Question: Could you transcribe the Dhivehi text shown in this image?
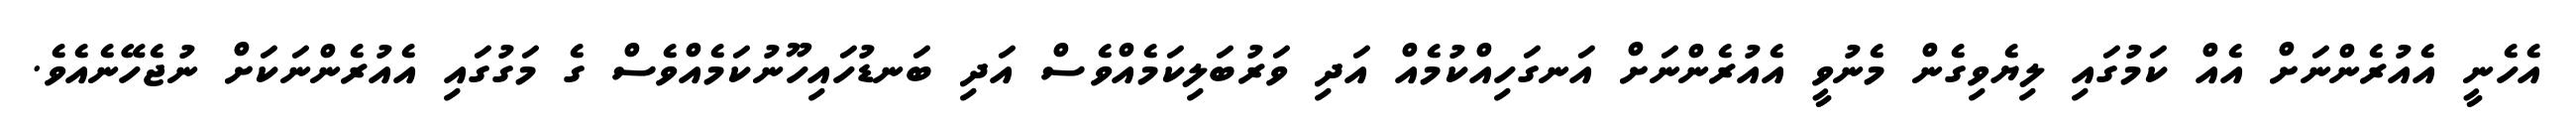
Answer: އެހެނީ އެއުރެންނަށް އެއް ކަމުގައި ލިޔެވިގެން މެނުވީ އެއުރެންނަށް އަނގަހިއްކުމެއް އަދި ވަރުބަލިކަމެއްވެސް އަދި ބަނޑުހައިހޫނުކަމެއްވެސް ގެ މަގުގައި އެއުރެންނަކަށް ނުޖެހޭނެއެވެ.